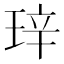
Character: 𬍧